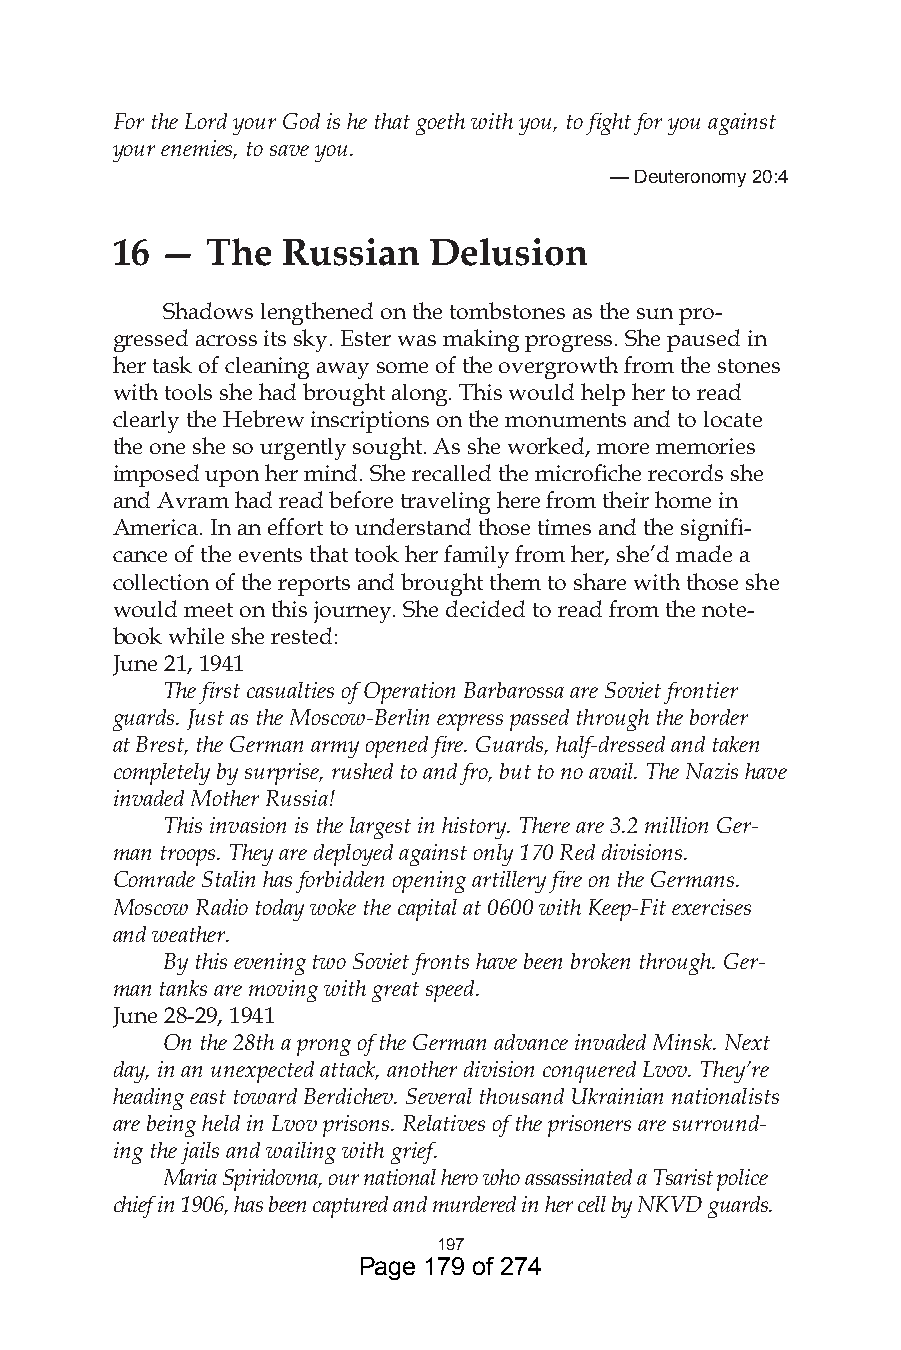
For the Lord your God is he that goeth with you, to fight for you against
 your enemies, to save you.
 — Deuteronomy 0:4
 16  —  The  Russian  Delusion
 Shadows lengthened on the tombstones as the sun pro-
 gressed across its sky. Ester was making progress. She paused in
 her task of cleaning away some of the overgrowth from the stones
 with tools she had brought along. This would help her to read
 clearly the Hebrew inscriptions on the monuments and to locate
 the one she so urgently sought. As she worked, more memories
 imposed upon her mind. She recalled the microfiche records she
 and Avram had read before traveling here from their home in
 America. In an effort to understand those times and the signifi-
 cance of the events that took her family from her, she’d made a
 collection of the reports and brought them to share with those she
 would meet on this journey. She decided to read from the note-
 book while she rested:
 June 21, 1941
 The first casualties of Operation Barbarossa are Soviet frontier
 guards. Just as the Moscow-Berlin express passed through the border
 at Brest, the German army opened fire. Guards, half-dressed and taken
 completely by surprise, rushed to and fro, but to no avail. The Nazis have
 invaded Mother Russia!
 This invasion is the largest in history. There are 3.2 million Ger-
 man troops. They are deployed against only 170 Red divisions.
 Comrade Stalin has forbidden opening artillery fire on the Germans.
 Moscow Radio today woke the capital at 0600 with Keep-Fit exercises
 and weather.
 By this evening two Soviet fronts have been broken through. Ger-
 man tanks are moving with great speed.
 June 28-29, 1941
 On the 28th a prong of the German advance invaded Minsk. Next
 day, in an unexpected attack, another division conquered Lvov. They’re
 heading east toward Berdichev. Several thousand Ukrainian nationalists
 are being held in Lvov prisons. Relatives of the prisoners are surround-
 ing the jails and wailing with grief.
 Maria Spiridovna, our national hero who assassinated a Tsarist police
 chief in 1906, has been captured and murdered in her cell by NKVD guards.
 97
 Page 179 of 274